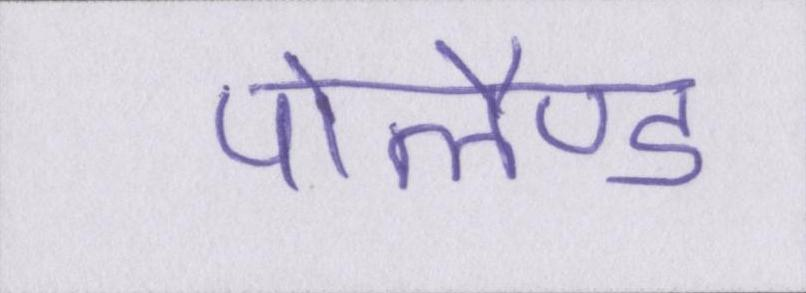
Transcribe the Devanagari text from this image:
पोलैण्ड